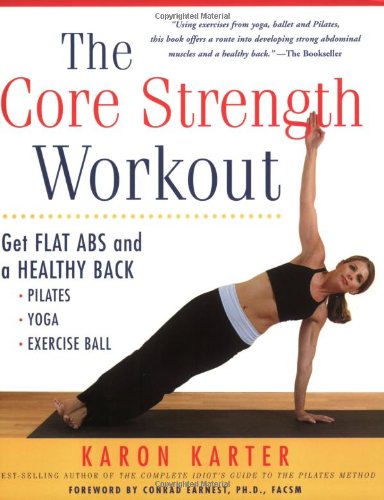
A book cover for The Core Strength Workout: Get Flat Abs and a Healthy Back; Karon Karter; Health, Fitness & Dieting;